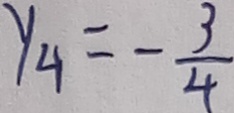
y _ { 4 } = - \frac { 3 } { 4 }